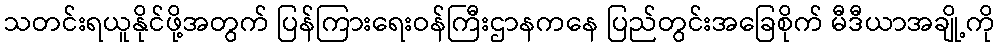
သတင်းရယူနိုင်ဖို့အတွက် ပြန်ကြားရေးဝန်ကြီးဌာနကနေ ပြည်တွင်းအခြေစိုက် မီဒီယာအချို့ကို